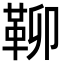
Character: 𩊅